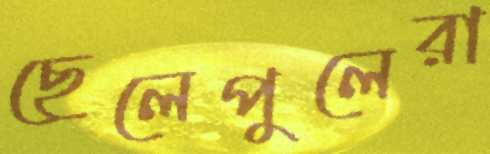
ছেলেপুলেরা